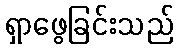
ရှာဖွေခြင်းသည်